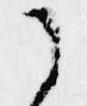
に